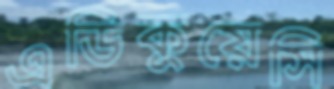
এডিকুয়েসি